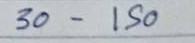
30 - 150